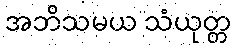
အဘိသမယ သံယုတ္တ